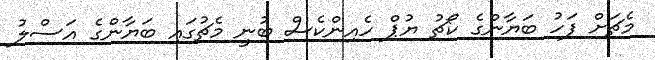
މެޗަށް ފަހު ބަޔާންގެ ކޯޗު ޔުޕް ހެއިންކެސް ބުނީ މެޗުގައި ބަޔާންގެ އަސްލު